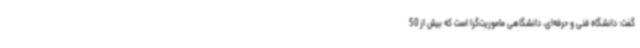
گفت: دانشگاه فنی و حرفه‌ای، دانشگاهی ماموریت‌گرا است که بیش از 50